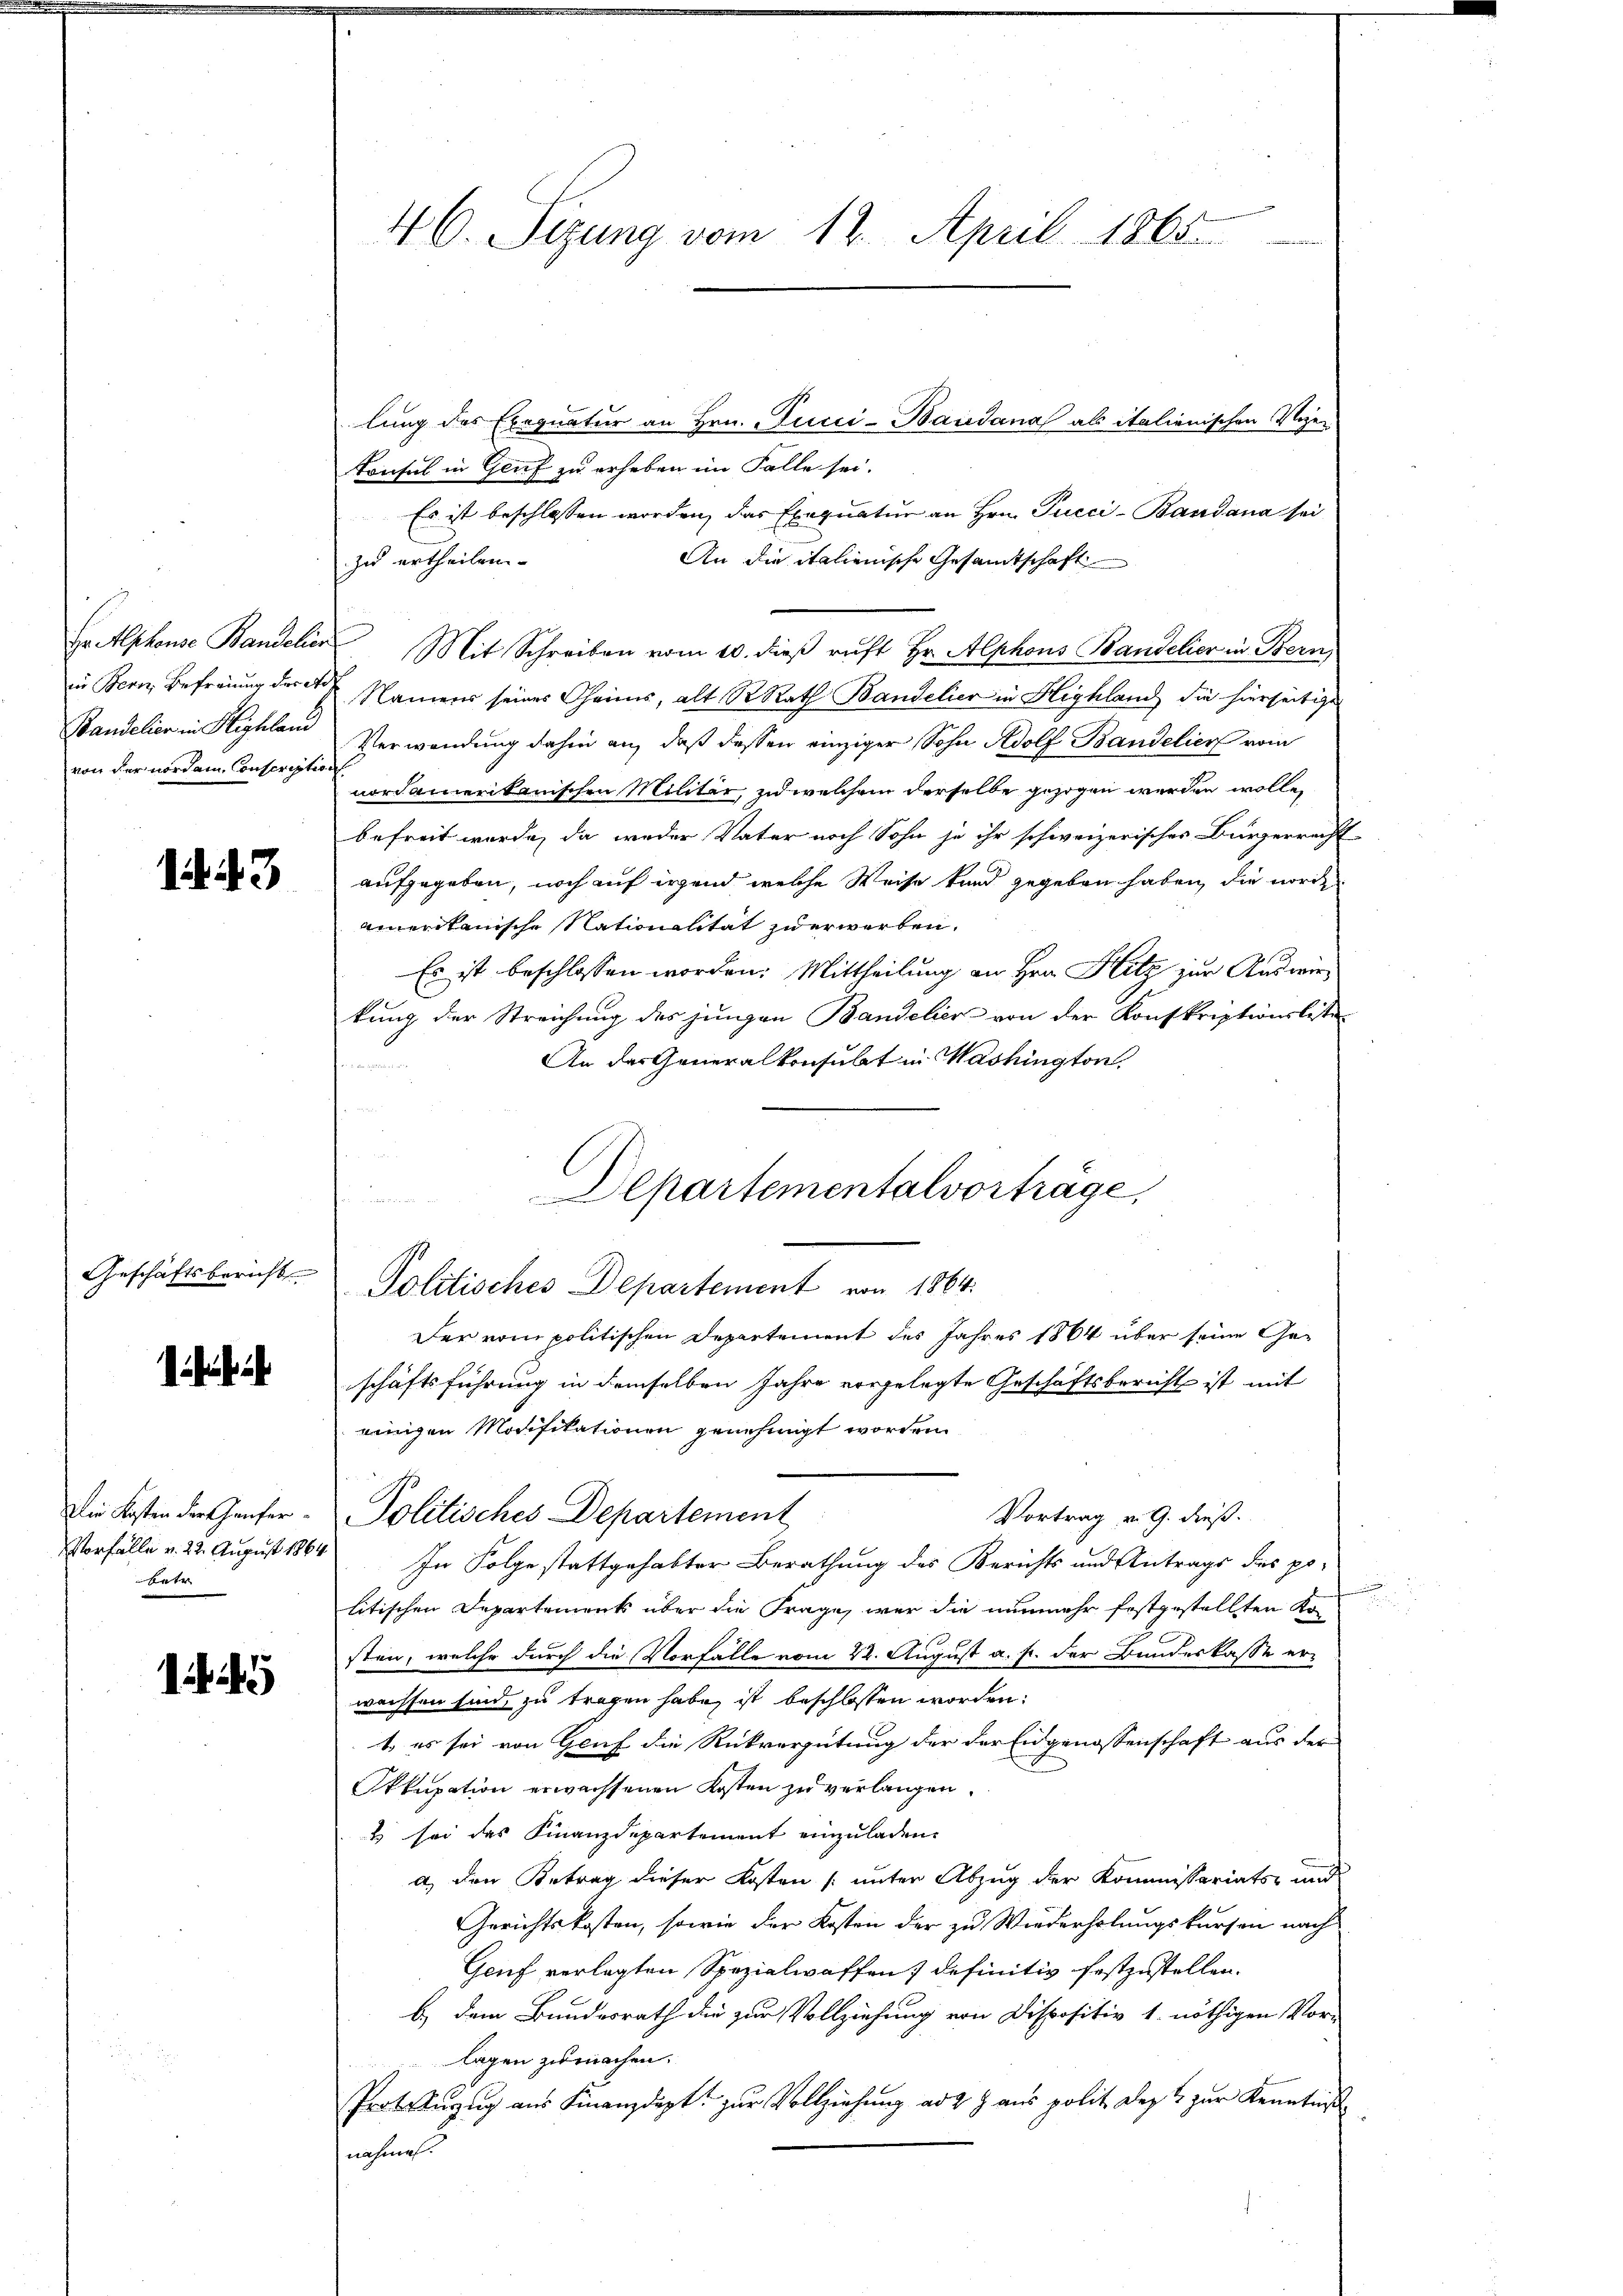
Bandelier in Highlan
von der nordam, Conscriptio

S. 43

Geschäftsbericht

Die Kosten der Genferbetr.

1

46. Sizung vom 12. April 1865.

lung des Exequatur an Hrn. Succi-Baudana als italienischen Vizei
Konsul in Genf zu erheben im Falle sei.
Es ist beschlossen worden, das Exequatur an Hrn. Pucci-Bandana sei
zu ertheilen.
An die italienische Gesamtschaft
Sa Alpheuse Bandelier Mit Schreiben vom 20. dieβ ruft Hr. Alphons Bandelier in Bern,
in Bern, Befreiung der Namen seines Oheims, alt RRath Bandelier in Highland die hierseitige
Verwendung dahin an, daß dessen einziger Sohn Adolf Bandelier vom
nordamenkanischen Militär, zu welchem derselbe gezogen werden wolle,
befreit wurde, da weder Vater noch Sohn je ihr schweizerisches Bürgerrecht
aufgegeben, noch auf irgend welche Weise fand gegeben haben, die norde
aimerikanische Nationalität zu erwerben,
Es ist beschlossen worden. Mittheilung an Hrn. Hitz zur Auswirkung der Streichung des jungen Bandelier von der Konskriptionsbeste
An der Generalkonsulat in Washington.
n
Der vom politischen Departement des Jahres 1864 über seine Geschäftsführung in demselben Jahre vorgelegte Geschäftsbericht ist mit
einigen Modifikationen genehmigt worden
Vortrag v. G. dieß.
Politisches Departement
Vorfälle v. 22. August 1864. In Folge stattgehabter Berathung des Berichts und Antrags des politischen Departement über die Frage, wer die nunmehr festgestellten Ko
sten, welche durch die Vorfalle vom 22. August a. p. der Bundeskasse erwassen sind, zu tragen habe, ist beschlossen worden:
t es sei von Gluf die Rückvergütung der der Eidgenossenschaft aus der
Okkupation erwachsenen Kosten zu verlangen.
& sei des Finanzdepartement einzuladen.
a) den Betrag dieser Kosten unter Abzug der Kommissariats- und
Gerichtskosten, sowie der Kosten der zu Wiederholungskursen nach
Genf verlegten Spezialwaffen 7 definitiv festzustellen.
b.) dem Bundesrath die zur Vollziehung von Dispositiv 1. nöthigen Vor-
lagen zumachen.
Protokŭrŭng aus Finanzdept. zur Vollziehung ad 29 aus polit. Dezt zur Kenntniß
nahmen.

Departementalvorträge,
Politisches Departement von 1864.